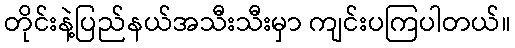
တိုင်းနဲ့ပြည်နယ်အသီးသီးမှာ ကျင်းပကြပါတယ်။